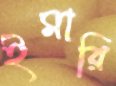
ইমারি